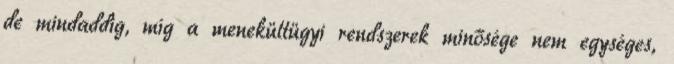
de mindaddig, míg a menekültügyi rendszerek minősége nem egységes,